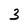
Character: 3